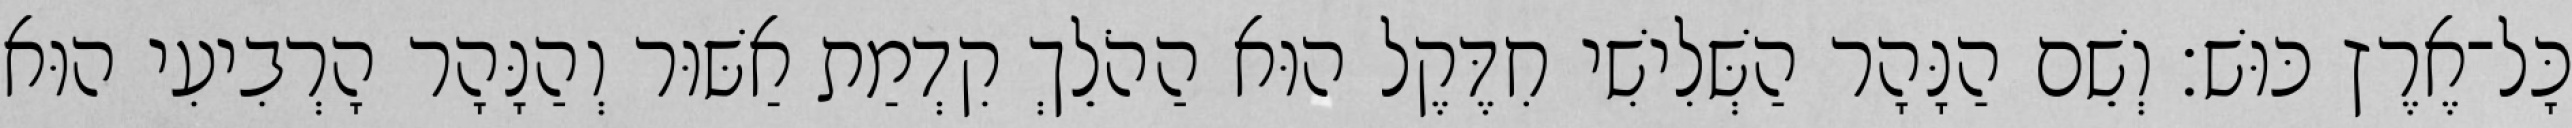
כָּל־אֶרֶץ כּוּשׁ׃ וְשֵׁם הַנָּהָר הַשְּׁלִישִׁי חִדֶּקֶל הוּא הַהֹלֵךְ קִדְמַת אַשּׁוּר וְהַנָּהָר הָרְבִיעִי הוּא